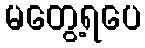
မတွေ့ရပေ